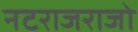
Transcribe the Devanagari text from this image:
नटराजराजो